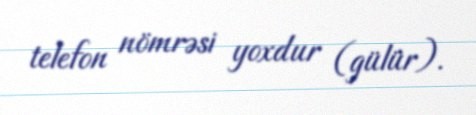
telefon nömrəsi yoxdur (gülür).